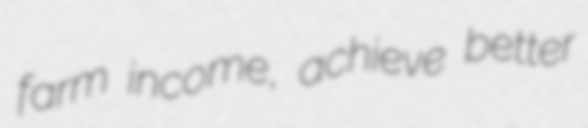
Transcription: farm income, achieve better